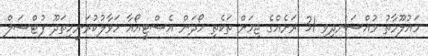
މައުލޫމާތު މުއްސަނދިވި 31 ރަށެއްގެ ޖިމަށް ތަކެތި ހޯދަން އެސްޓީއޯއާ ހަވާލުކުރަނީހިތަދޫ ފުޓްސަލް